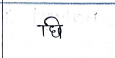
मजकूर: छि